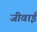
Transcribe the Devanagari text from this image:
जीवाई